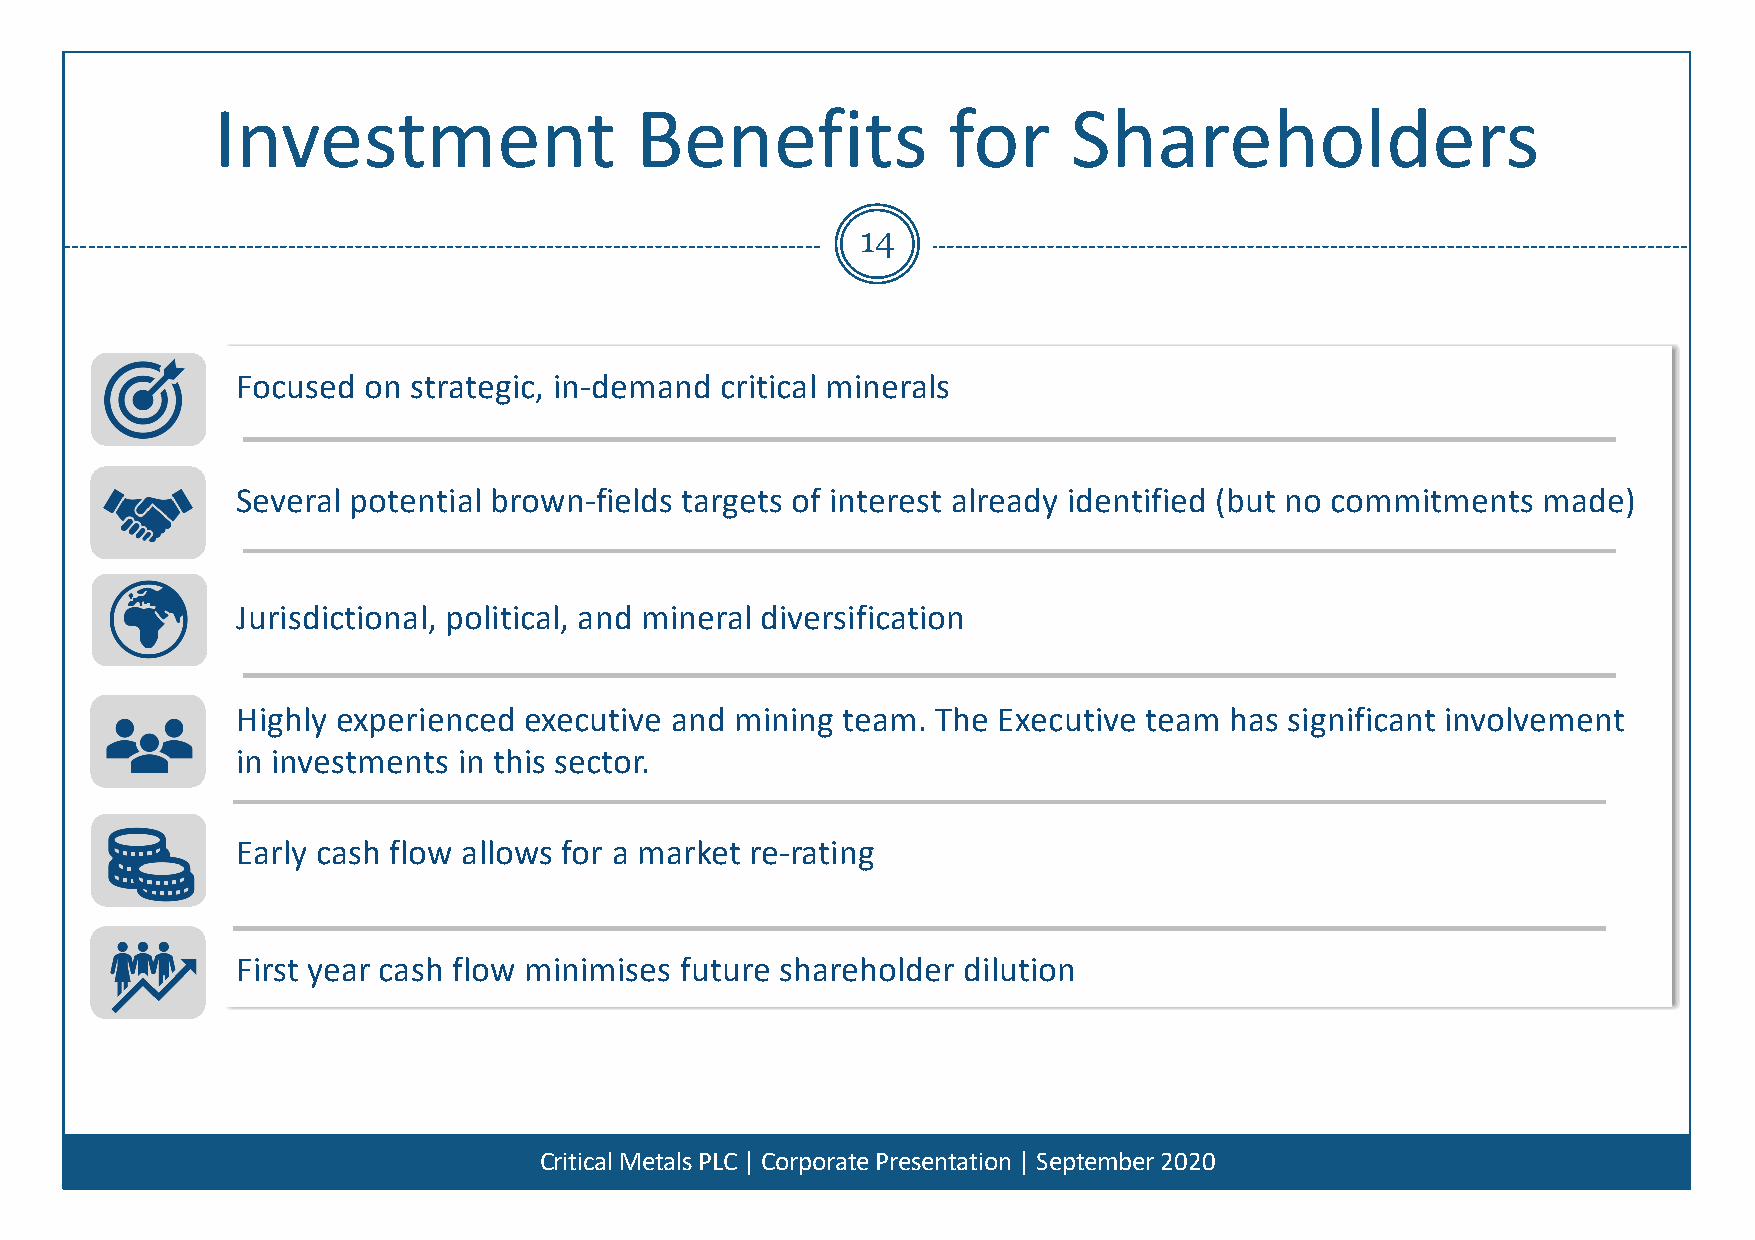
Investment                  Benefits             for     Shareholders
 14
 Focused on strategic, in-demand critical minerals
 Several potential brown-fields targets of interest already identified (but no commitments made)
 Jurisdictional, political, and mineral diversification
 Highly experienced executive and mining team. The Executive team has significant involvement
 in investments in this sector.
 Early cash flow allows for a market re-rating
 First year cash flow minimises future shareholder dilution
 Critical Metals PLC | Corporate Presentation | September 2020